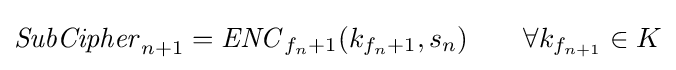
{\mathit {SubCipher}}_{n+1}={\mathit {ENC}}_{f_{n}+1}(k_{f_{n}+1},s_{n})\qquad \forall k_{f_{n+1}}\in K